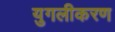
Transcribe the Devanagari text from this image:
युगलीकरण